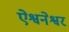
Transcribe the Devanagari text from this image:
ऐश्वनेश्वर